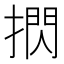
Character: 㨛